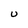
Character: U